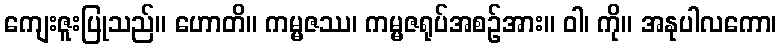
ကျေးဇူးပြုသည်။ ဟောတိ။ ကမ္မဇဿ၊ ကမ္မဇရုပ်အစဉ်အား။ ဝါ၊ ကို။ အနုပါလကော၊